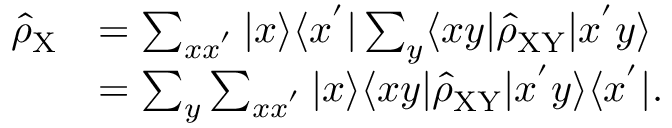
\begin{array} { r l } { \hat { \rho } _ { \mathrm { X } } } & { = \sum _ { x x ^ { ' } } | x \rangle \langle x ^ { ' } | \sum _ { y } \langle x y | \hat { \rho } _ { \mathrm { X Y } } | x ^ { ' } y \rangle } \\ & { = \sum _ { y } \sum _ { x x ^ { ' } } | x \rangle \langle x y | \hat { \rho } _ { \mathrm { X Y } } | x ^ { ' } y \rangle \langle x ^ { ' } | . } \end{array}